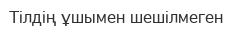
Тілдің ұшымен шешілмеген